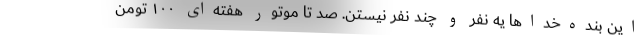
این بنده‌خداها یه نفر و چند نفر نیستن. صد تا موتور هفته‌ای ۱۰۰ تومن